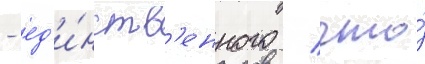
- ед'и́нств'енного / что́